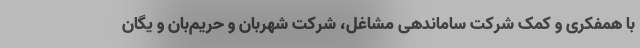
با همفکری و کمک شرکت ساماندهی مشاغل، شرکت شهربان و حریم‌بان و یگان